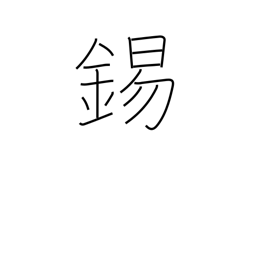
Meaning: copper